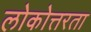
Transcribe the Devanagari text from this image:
लोकोत्तरता